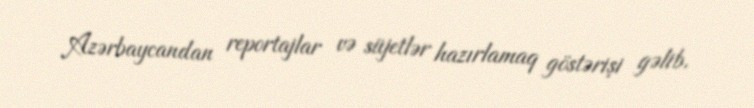
Azərbaycandan reportajlar və süjetlər hazırlamaq göstərişi gəlib.